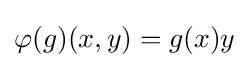
\varphi (g)(x,y)=g(x)y